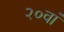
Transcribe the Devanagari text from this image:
२०वां